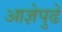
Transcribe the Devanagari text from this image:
आज्ञेपुढे